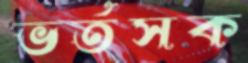
ভর্তসক